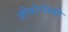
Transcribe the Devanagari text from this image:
ज़ीबोरोस्‍की